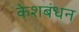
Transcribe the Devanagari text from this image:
केशबंधन